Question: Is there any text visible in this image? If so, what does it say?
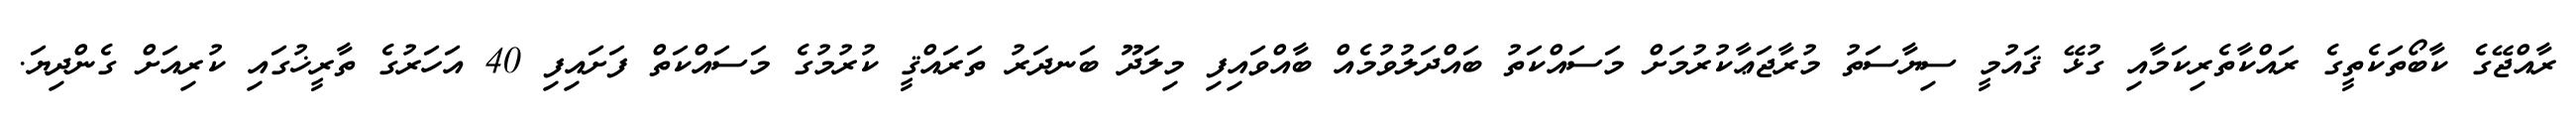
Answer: ރާއްޖޭގެ ކާބޯތަކެތީގެ ރައްކާތެރިކަމާއި ގުޅޭ ޤައުމީ ސިޔާސަތު މުރާޖަޢާކުރުމަށް މަސައްކަތު ބައްދަލުވުމެއް ބާއްވައިފި މިލަދޫ ބަނދަރު ތަރައްޤީ ކުރުމުގެ މަސައްކަތް ފަށައިފި 40 އަހަރުގެ ތާރީޚުގައި ކުރިއަށް ގެންދިޔަ.